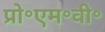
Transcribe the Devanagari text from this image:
प्रो॰एम॰वी॰